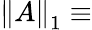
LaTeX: \left\Vert A\right\Vert_{1}\equiv